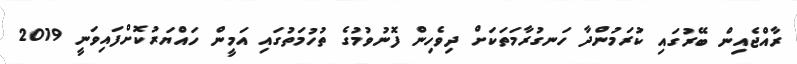
ރާއްޖެއިން ބޭރުގައި ކުރަމުންދާ ހަނގުރާމަތަކަށް ދިވެހިން ފޮނުވުމުގެ ތުހުމަތުގައި އަމީން ހައްޔަރުކޮށްފައިވަނީ 2019